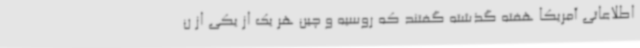
اطلاعاتی آمریکا هفته گذشته گفتند که روسیه و چین هر یک از یکی از ن